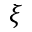
\xi